Civil Veterinary Department Bihar & Orissa reports 1922-29 - 1922-1929
Year: 1922
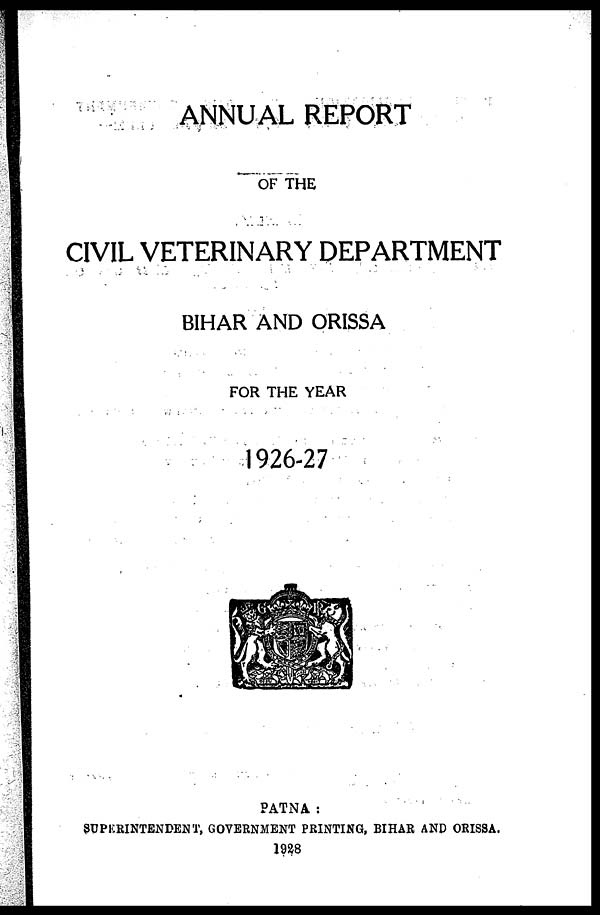
ANNUAL REPORT
OF THE
CIVIL VETERINARY DEPARTMENT
BIHAR AND ORISSA
FOR THE YEAR
1926-27
PATNA :
SUPKRINTENDENT, GOVERNMENT PRINTING, BIHAR AND ORISSA.
1928